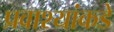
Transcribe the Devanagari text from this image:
प्रवाश्यांकडे